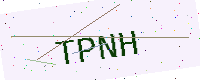
Text: TPNH